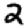
Digit: 2